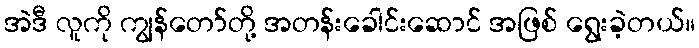
အဲဒီ လူကို ကျွန်တော်တို့ အတန်းခေါင်းဆောင် အဖြစ် ရွေးခဲ့တယ်။